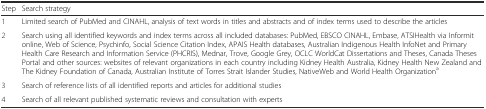
<table><thead><tr><td><b>Step</b></td><td><b>Search strategy</b></td></tr></thead><tbody><tr><td>1</td><td>Limited search of PubMed and CINAHL, analysis of text words in titles and abstracts and of index terms used to describe the articles</td></tr><tr><td>2</td><td>Search using all identified keywords and index terms across all included databases: PubMed, EBSCO CINAHL, Embase, ATSIHealth via Informit online, Web of Science, Psychinfo, Social Science Citation Index, APAIS Health databases, Australian Indigenous Health InfoNet and Primary Health Care Research and Information Service (PHCRIS), Mednar, Trove, Google Grey, OCLC WorldCat Dissertations and Theses, Canada Theses Portal and other sources: websites of relevant organizations in each country including Kidney Health Australia, Kidney Health New Zealand and The Kidney Foundation of Canada, Australian Institute of Torres Strait Islander Studies, NativeWeb and World Health Organization<sup>a</sup></td></tr><tr><td>3</td><td>Search of reference lists of all identified reports and articles for additional studies</td></tr><tr><td>4</td><td>Search of all relevant published systematic reviews and consultation with experts</td></tr></tbody></table>